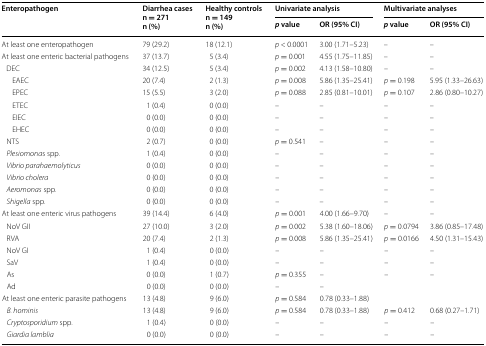
<table><thead><tr><td rowspan="2"><b>Enteropathogen</b></td><td rowspan="2"><b>Diarrhea casesn = 271n (%)</b></td><td rowspan="2"><b>Healthy controlsn = 149n (%)</b></td><td colspan="2"><b>Univariate analysis</b></td><td colspan="2"><b>Multivariate analyses</b></td></tr><tr><td><b><i>p</i> value</b></td><td><b>OR (95% CI)</b></td><td><b><i>p</i> value</b></td><td><b>OR (95% CI)</b></td></tr></thead><tbody><tr><td>At least one enteropathogen</td><td>79 (29.2)</td><td>18 (12.1)</td><td><i>p</i> &lt; 0.0001</td><td>3.00 (1.71–5.23)</td><td>–</td><td>–</td></tr><tr><td>At least one enteric bacterial pathogens</td><td>37 (13.7)</td><td>5 (3.4)</td><td><i>p</i> = 0.001</td><td>4.55 (1.75–11.85)</td><td>–</td><td>–</td></tr><tr><td> DEC</td><td>34 (12.5)</td><td>5 (3.4)</td><td><i>p</i> = 0.002</td><td>4.13 (1.58–10.80)</td><td>–</td><td>–</td></tr><tr><td>EAEC</td><td>20 (7.4)</td><td>2 (1.3)</td><td><i>p</i> = 0.008</td><td>5.86 (1.35–25.41)</td><td><i>p</i> = 0.198</td><td>5.95 (1.33–26.63)</td></tr><tr><td>EPEC</td><td>15 (5.5)</td><td>3 (2.0)</td><td><i>p</i> = 0.088</td><td>2.85 (0.81–10.01)</td><td><i>p</i> = 0.107</td><td>2.86 (0.80–10.27)</td></tr><tr><td>ETEC</td><td>1 (0.4)</td><td>0 (0.0)</td><td>–</td><td>–</td><td>–</td><td>–</td></tr><tr><td>EIEC</td><td>0 (0.0)</td><td>0 (0.0)</td><td>–</td><td>–</td><td>–</td><td>–</td></tr><tr><td>EHEC</td><td>0 (0.0)</td><td>0 (0.0)</td><td>–</td><td>–</td><td>–</td><td>–</td></tr><tr><td> NTS</td><td>2 (0.7)</td><td>0 (0.0)</td><td><i>p</i> = 0.541</td><td>–</td><td>–</td><td>–</td></tr><tr><td> <i>Plesiomona</i>s spp.</td><td>1 (0.4)</td><td>0 (0.0)</td><td>–</td><td>–</td><td>–</td><td>–</td></tr><tr><td> <i>Vibrio parahaemolyticus</i></td><td>0 (0.0)</td><td>0 (0.0)</td><td>–</td><td>–</td><td>–</td><td>–</td></tr><tr><td> <i>Vibrio cholera</i></td><td>0 (0.0)</td><td>0 (0.0)</td><td>–</td><td>–</td><td>–</td><td>–</td></tr><tr><td> <i>Aeromonas</i> spp.</td><td>0 (0.0)</td><td>0 (0.0)</td><td>–</td><td>–</td><td>–</td><td>–</td></tr><tr><td> <i>Shigella</i> spp.</td><td>0 (0.0)</td><td>0 (0.0)</td><td>–</td><td>–</td><td>–</td><td>–</td></tr><tr><td>At least one enteric virus pathogens</td><td>39 (14.4)</td><td>6 (4.0)</td><td><i>p</i> = 0.001</td><td>4.00 (1.66–9.70)</td><td>–</td><td>–</td></tr><tr><td> NoV GII</td><td>27 (10.0)</td><td>3 (2.0)</td><td><i>p</i> = 0.002</td><td>5.38 (1.60–18.06)</td><td><i>p</i> = 0.0794</td><td>3.86 (0.85–17.48)</td></tr><tr><td> RVA</td><td>20 (7.4)</td><td>2 (1.3)</td><td><i>p</i> = 0.008</td><td>5.86 (1.35–25.41)</td><td><i>p</i> = 0.0166</td><td>4.50 (1.31–15.43)</td></tr><tr><td> NoV GI</td><td>1 (0.4)</td><td>0 (0.0)</td><td>–</td><td>–</td><td>–</td><td>–</td></tr><tr><td> SaV</td><td>1 (0.4)</td><td>0 (0.0)</td><td>–</td><td>–</td><td>–</td><td>–</td></tr><tr><td> As</td><td>0 (0.0)</td><td>1 (0.7)</td><td><i>p</i> = 0.355</td><td>–</td><td>–</td><td>–</td></tr><tr><td> Ad</td><td>0 (0.0)</td><td>0 (0.0)</td><td>–</td><td>–</td><td></td><td></td></tr><tr><td>At least one enteric parasite pathogens</td><td>13 (4.8)</td><td>9 (6.0)</td><td><i>p</i> = 0.584</td><td>0.78 (0.33–1.88)</td><td></td><td></td></tr><tr><td> <i>B. hominis</i></td><td>13 (4.8)</td><td>9 (6.0)</td><td><i>p</i> = 0.584</td><td>0.78 (0.33–1.88)</td><td><i>p</i> = 0.412</td><td>0.68 (0.27–1.71)</td></tr><tr><td> <i>Cryptosporidium</i> spp.</td><td>1 (0.4)</td><td>0 (0.0)</td><td>–</td><td>–</td><td>–</td><td>–</td></tr><tr><td> <i>Giardia lamblia</i></td><td>0 (0.0)</td><td>0 (0.0)</td><td>–</td><td>–</td><td>–</td><td>–</td></tr></tbody></table>